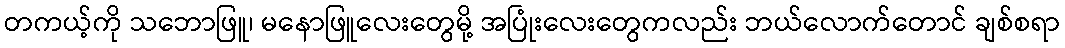
တကယ့်ကို သဘောဖြူ၊ မနောဖြူလေးတွေမို့ အပြုံးလေးတွေကလည်း ဘယ်လောက်တောင် ချစ်စရာ